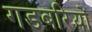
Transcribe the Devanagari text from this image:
गडबरियों